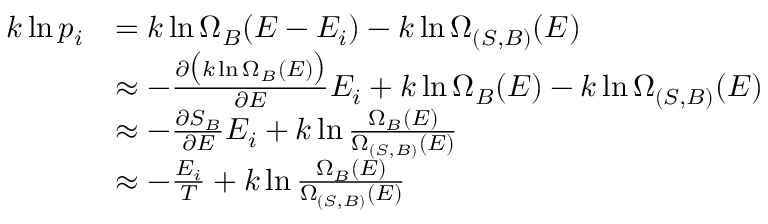
{ \begin{array} { r l } { k \ln p _ { i } } & { = k \ln \Omega _ { B } ( E - E _ { i } ) - k \ln \Omega _ { ( S , B ) } ( E ) } \\ & { \approx - { \frac { \partial { \big ( } k \ln \Omega _ { B } ( E ) { \big ) } } { \partial E } } E _ { i } + k \ln \Omega _ { B } ( E ) - k \ln \Omega _ { ( S , B ) } ( E ) } \\ & { \approx - { \frac { \partial S _ { B } } { \partial E } } E _ { i } + k \ln { \frac { \Omega _ { B } ( E ) } { \Omega _ { ( S , B ) } ( E ) } } } \\ & { \approx - { \frac { E _ { i } } { T } } + k \ln { \frac { \Omega _ { B } ( E ) } { \Omega _ { ( S , B ) } ( E ) } } } \end{array} }